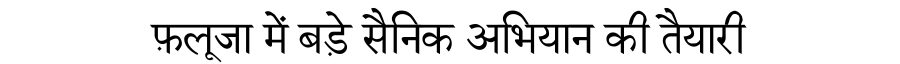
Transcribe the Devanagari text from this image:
फ़लूजा में बड़े सैनिक अभियान की तैयारी